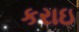
કરાઇ